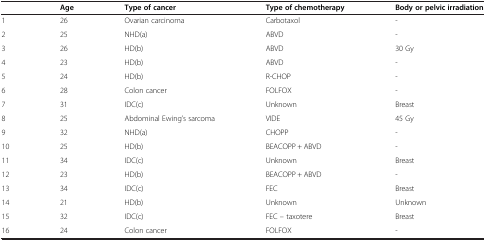
|  | Age | Type of cancer | Type of chemotherapy | Body or pelvic irradiation |
 | --- | --- | --- | --- | --- |
 | 1 | 26 | Ovarian carcinoma | Carbotaxol | - |
 | 2 | 25 | NHD(a) | ABVD | - |
 | 3 | 26 | HD(b) | ABVD | 30 Gy |
 | 4 | 23 | HD(b) | ABVD | - |
 | 5 | 24 | HD(b) | R-CHOP | - |
 | 6 | 28 | Colon cancer | FOLFOX | - |
 | 7 | 31 | IDC(c) | Unknown | Breast |
 | 8 | 25 | Abdominal Ewing’s sarcoma | VIDE | 45 Gy |
 | 9 | 32 | NHD(a) | CHOPP | - |
 | 10 | 25 | HD(b) | BEACOPP + ABVD | - |
 | 11 | 34 | IDC(c) | Unknown | Breast |
 | 12 | 23 | HD(b) | BEACOPP + ABVD | - |
 | 13 | 34 | IDC(c) | FEC | Breast |
 | 14 | 21 | HD(b) | Unknown | Unknown |
 | 15 | 32 | IDC(c) | FEC – taxotere | Breast |
 | 16 | 24 | Colon cancer | FOLFOX | - |